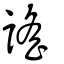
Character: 謡